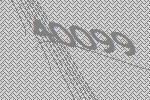
40099